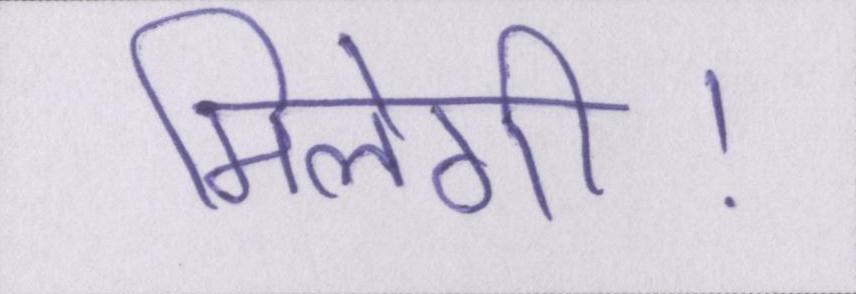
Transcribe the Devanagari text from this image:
मिलेगी।